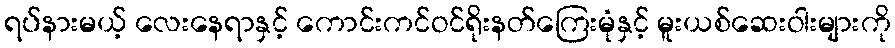
ရပ်နားမယ့် လေးနေရာနှင့် ကောင်းကင်ဝင်ရိုးနတ်ကြေးမုံနှင့် မူးယစ်ဆေးဝါးများကို